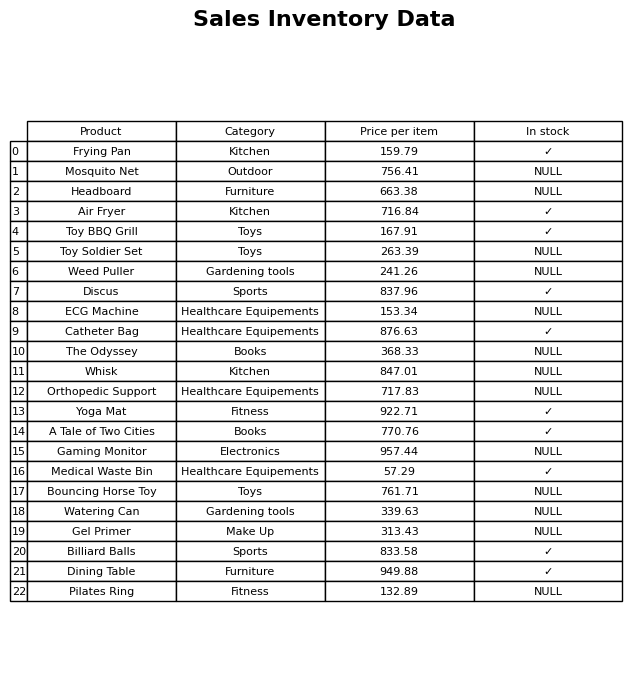
question: What is the price of the Billiard Balls?
answer: The price of Billiard Balls is 833.58.